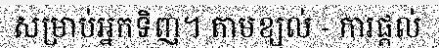
សម្រាប់អ្នកទិញ។ តាមខ្យល់ - ការផ្តល់